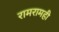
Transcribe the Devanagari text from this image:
रामरामही